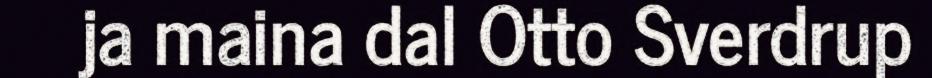
ja maina dal Otto Sverdrup